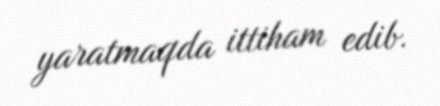
yaratmaqda ittiham edib.